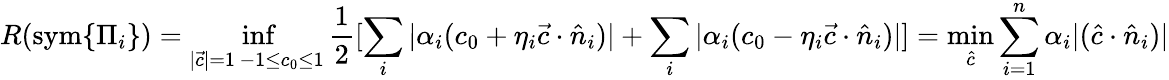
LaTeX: R(\mathrm{sym}\{ \Pi_{i}\} )=\operatorname*{inf}_{\substack{|\vec{c}|=1\, -1\le c_{0}\le 1}}\frac{1}{2}[\sum_{i}|\alpha_{i}(c_{0}+\eta_{i}\vec{c}\cdot\hat{n}_{i})|+\sum_{i}|\alpha_{i}(c_{0}-\eta_{i}\vec{c}\cdot\hat{n}_{i})|]=\operatorname*{min}_{\hat{c}}\sum_{i=1}^{n}\alpha_{i}|(\hat{c}\cdot\hat{n}_{i})|